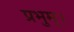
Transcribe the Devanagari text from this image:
प्रभुम्।